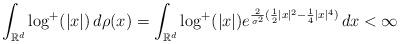
LaTeX: \begin{align*}\int_{\mathbb{R}^d} \log^+ (|x|) \, d \rho (x)= \int_{\mathbb{R}^d} \log^+ (|x|) e^{\frac{2}{\sigma^2}(\frac{1}{2} |x|^2 - \frac{1}{4} |x|^4) } \, dx < \infty\end{align*}